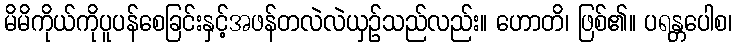
မိမိကိုယ်ကိုပူပန်စေခြင်းနှင့်အဖန်တလဲလဲယှဉ်သည်လည်း။ ဟောတိ၊ ဖြစ်၏။ ပရန္တပေါစ၊